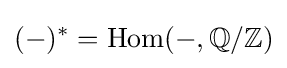
(-)^{*}=\operatorname {Hom} (-,\mathbb {Q} /\mathbb {Z} )